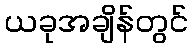
ယခုအချိန်တွင်